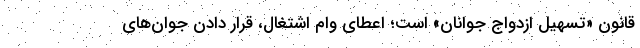
قانون «تسهیل ازدواج جوانان» است؛ اعطای وام اشتغال، قرار دادن جوان‌های